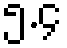
၅.၄